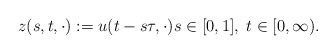
\begin{align*} z(s, t, \cdot) := u(t - s \tau, \cdot) s \in [0, 1], \; t \in [0, \infty). \end{align*}